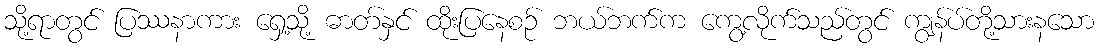
သို့ရာတွင် ပြဿနာကား ရှေ့သို့ ဓာတ်နှင် ထိုးပြနေစဉ် ဘယ်ဘက်က ကွေ့လိုက်သည်တွင် ကျွန်ပ်တို့သားနသော